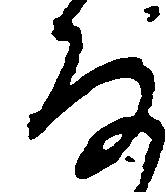
な